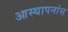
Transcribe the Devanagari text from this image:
आस्थापनांस